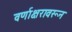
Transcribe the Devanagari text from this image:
वर्णाक्षरावरून